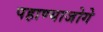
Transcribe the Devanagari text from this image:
पहाण्याजोगे